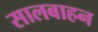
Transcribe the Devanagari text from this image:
सालबाहन